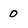
Character: 0